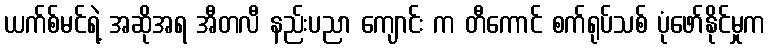
ယက်စ်မင်ရဲ့ အဆိုအရ အီတလီ နည်းပညာ ကျောင်း က တီကောင် စက်ရုပ်သစ် ပုံဖော်နိုင်မှုက